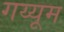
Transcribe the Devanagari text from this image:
गय्यूम